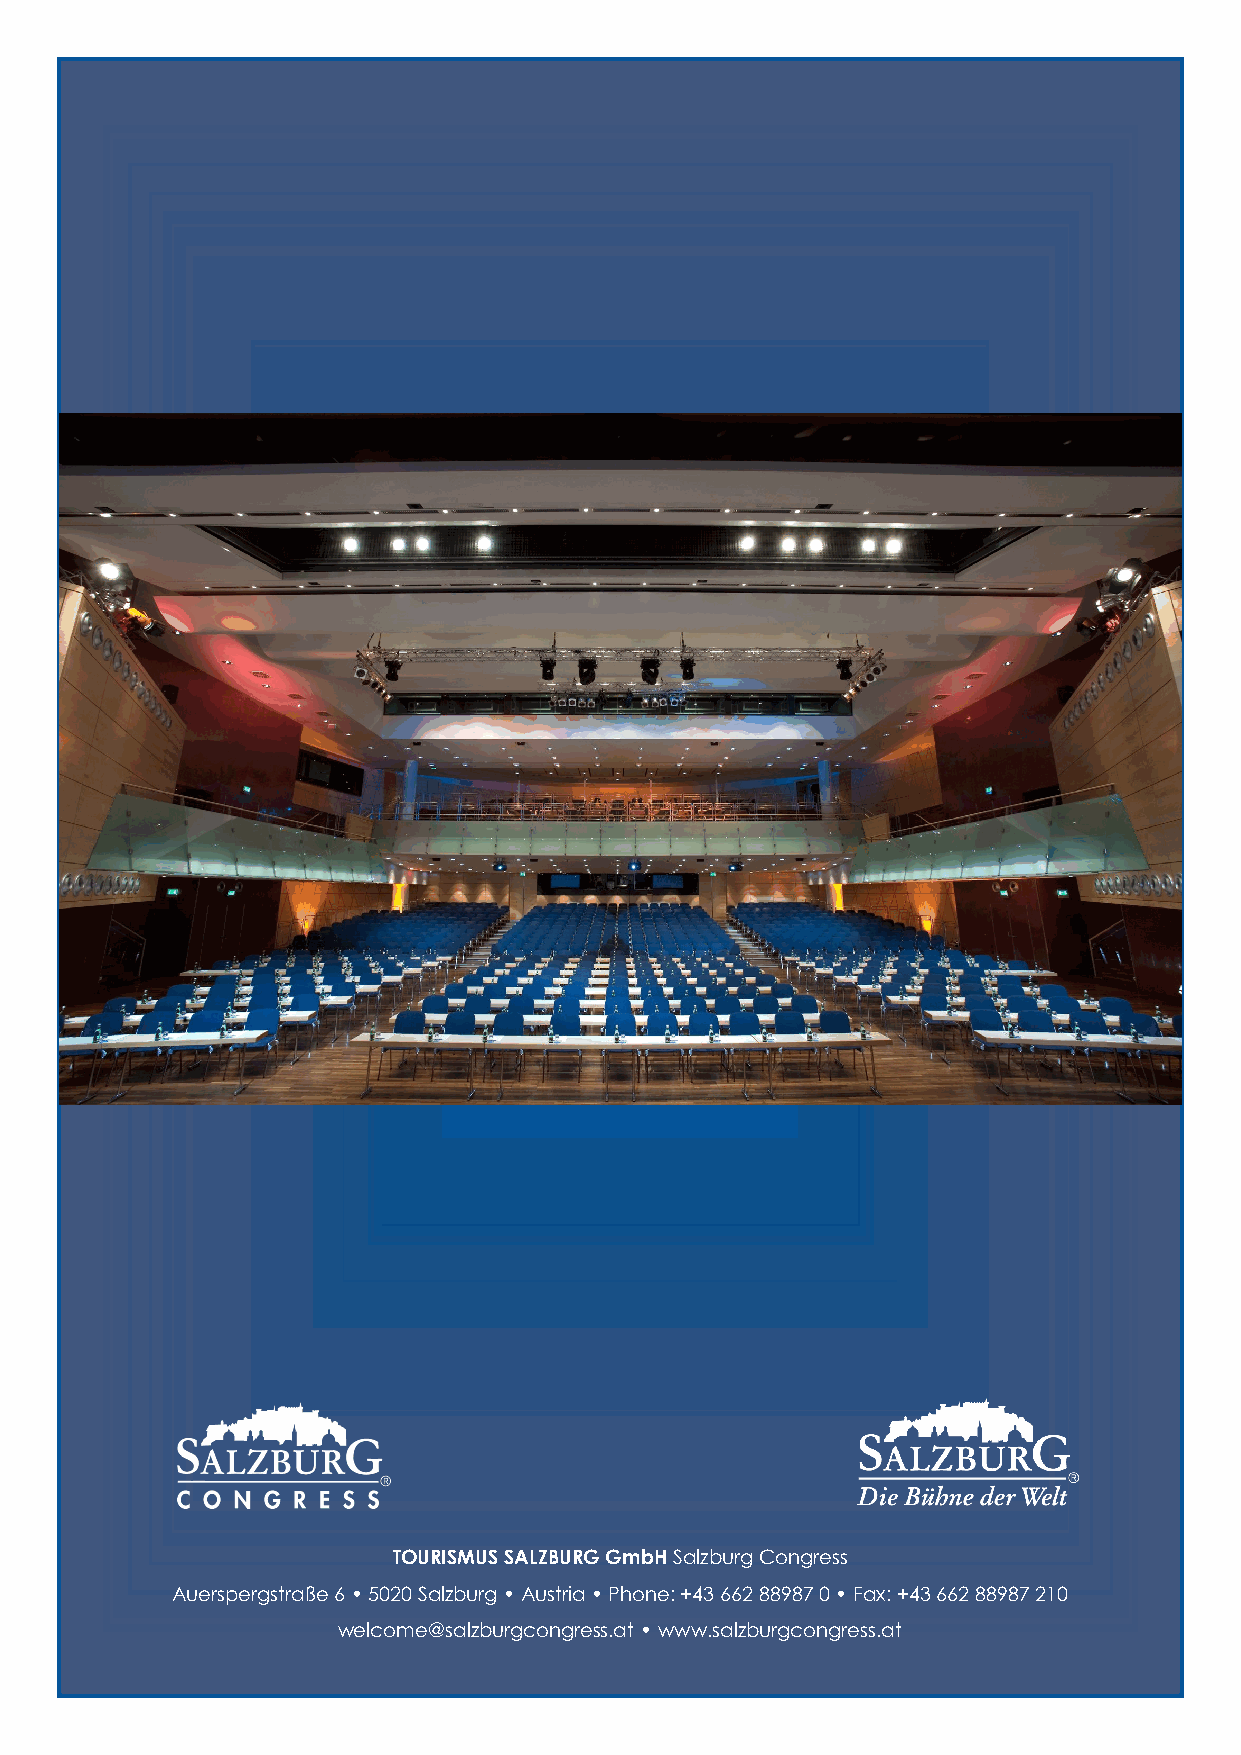
TOURISMUS SALZBURG GmbH Salzburg Congress
 Auerspergstraße 6 • 5020 Salzburg • Austria • Phone: +43 662 88987 0 • Fax: +43 662 88987 210
 welcome@salzburgcongress.at • www.salzburgcongress.at